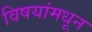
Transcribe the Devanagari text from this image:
विषयांमधून